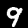
Digit: 9